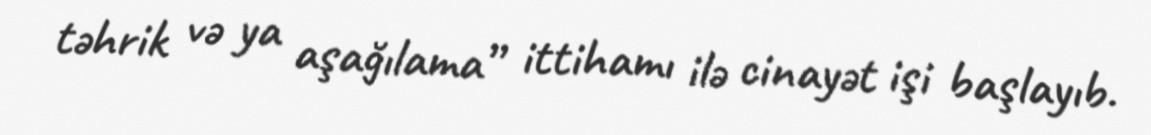
təhrik və ya aşağılama” ittihamı ilə cinayət işi başlayıb.